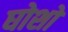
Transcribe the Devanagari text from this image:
घोशों